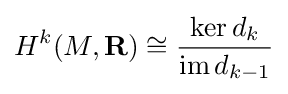
H^{k}(M,\mathbf {R} )\cong {\frac {\ker d_{k}}{\operatorname {im} d_{k-1}}}